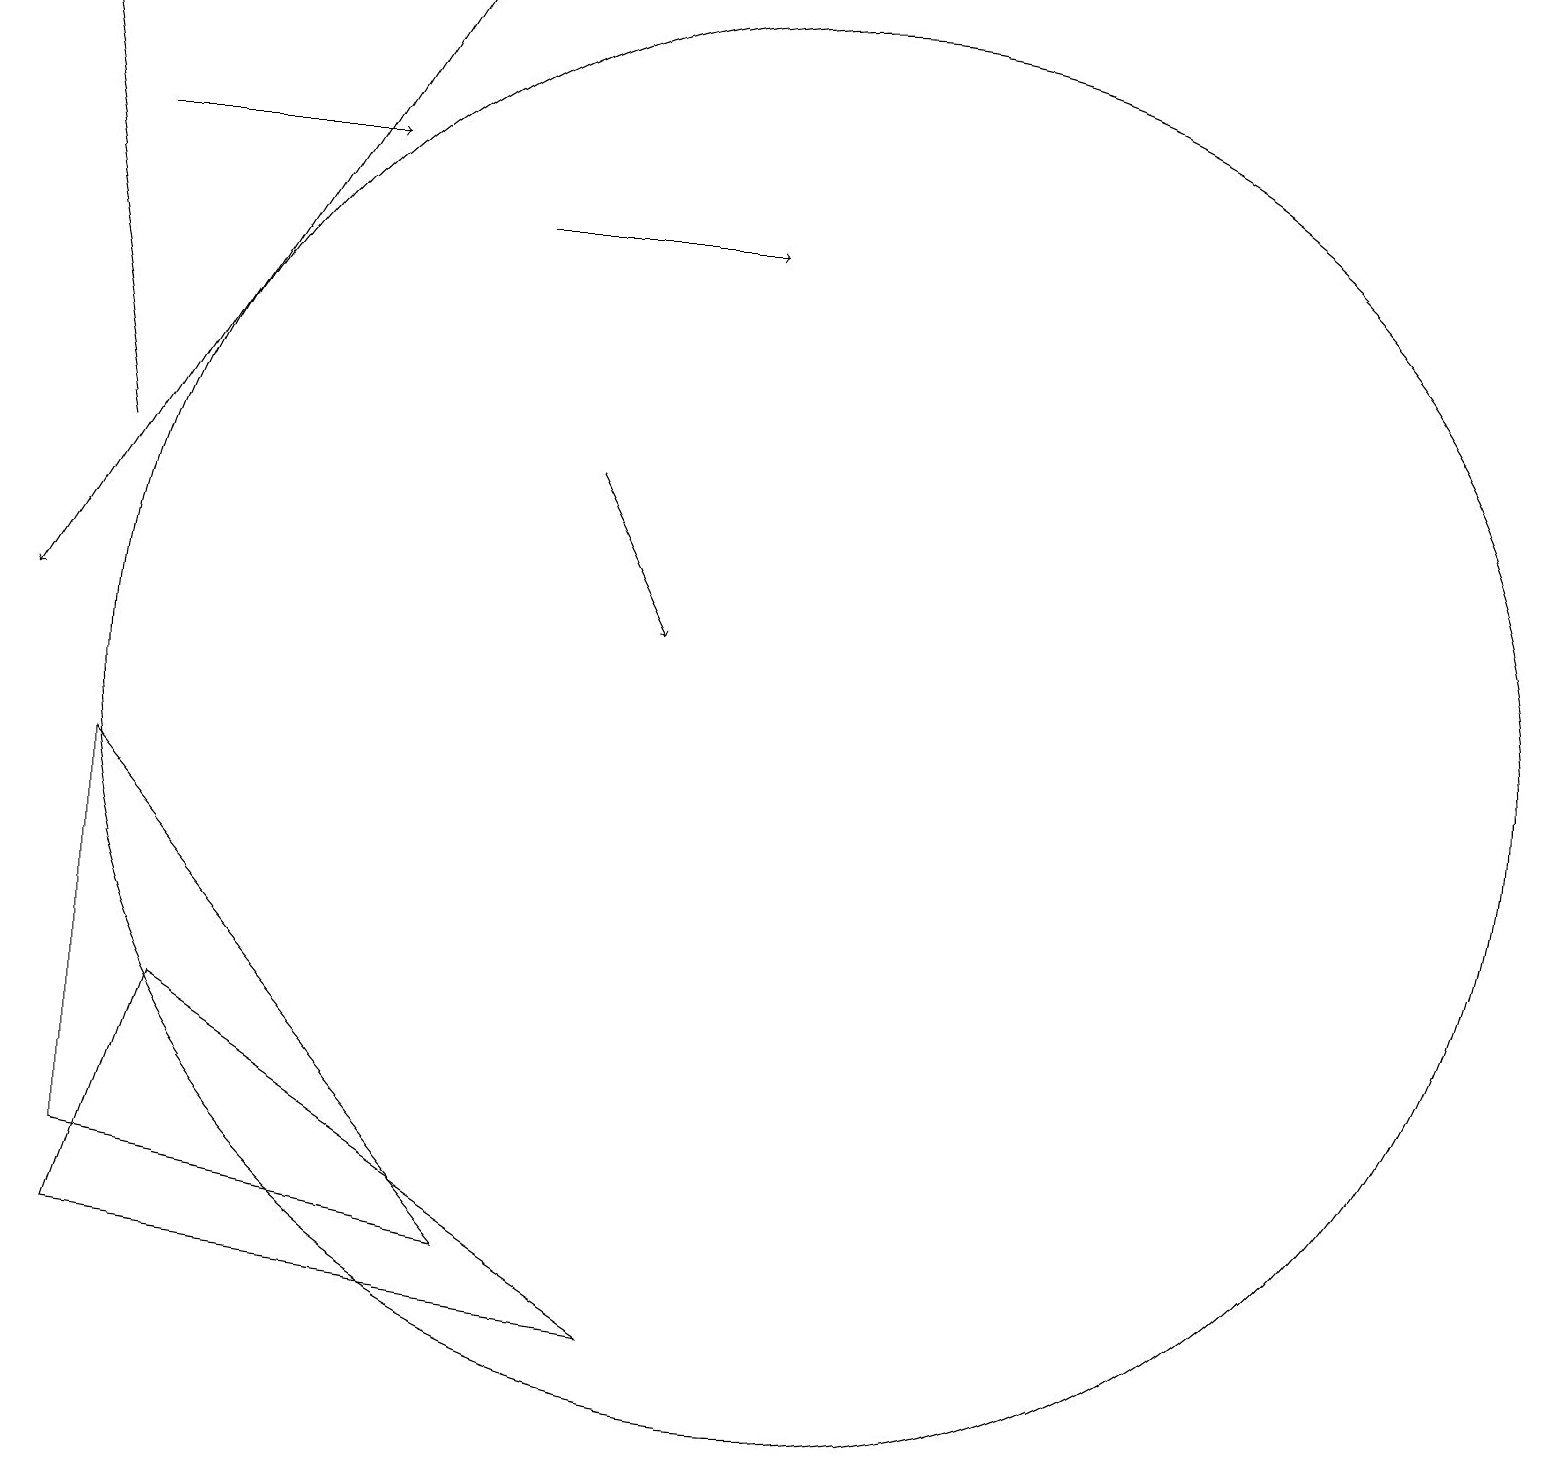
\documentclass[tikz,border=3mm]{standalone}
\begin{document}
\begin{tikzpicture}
\draw[->] (5,19) -- (0,11);
\draw (2,6) -- (1,3) -- (8,2) -- cycle;
\draw (1,9) -- (6,3) -- (1,4) -- cycle;
\draw[->] (1,13) -- (0,19);
\draw[->] (6,16) -- (9,16);
\draw[->] (1,17) -- (4,17);
\draw[->] (7,13) -- (8,11);
\draw (10,10) circle (9);
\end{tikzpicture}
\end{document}